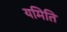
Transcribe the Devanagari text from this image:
यमिति